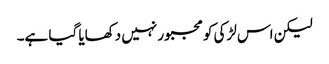
لیکن اس لڑکی کو مجبور نہیں دکھایا گیا ہے۔